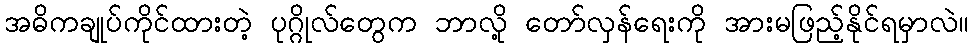
အဓိကချုပ်ကိုင်ထားတဲ့ ပုဂ္ဂိုလ်တွေက ဘာလို့ တော်လှန်ရေးကို အားမဖြည့်နိုင်ရမှာလဲ။